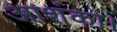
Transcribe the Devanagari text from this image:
आशंका।